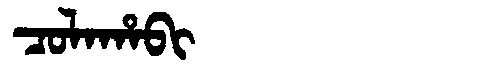
Manchu: ᠴᠣᠯᠠᡥᠠᠪᡳ
Romanization: COLAHABI